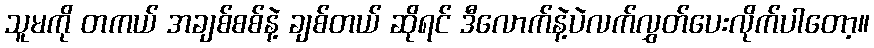
သူမကို တကယ် အချစ်စစ်နဲ့ ချစ်တယ် ဆိုရင် ဒီလောက်နဲ့ပဲလက်လွှတ်ပေးလိုက်ပါတော့။